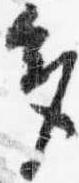
多